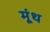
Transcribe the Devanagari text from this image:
मूंथ